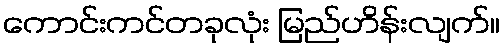
ကောင်းကင်တခုလုံး မြည်ဟိန်းလျက်။